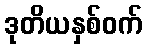
ဒုတိယနှစ်ဝက်